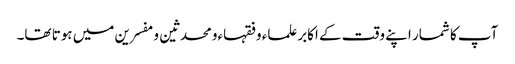
آپ کا شمار اپنے وقت کے اکابرعلماء وفقہاءومحدثین ومفسرین میں ہوتا تھا۔